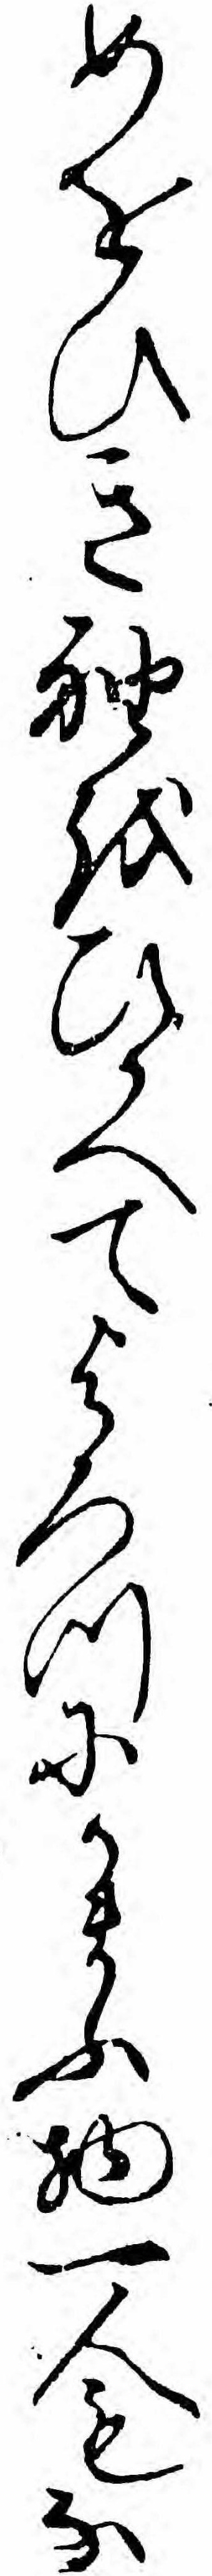
めをひき袖をひかへてよろつにかまふ物一人もな